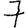
Digit: 7